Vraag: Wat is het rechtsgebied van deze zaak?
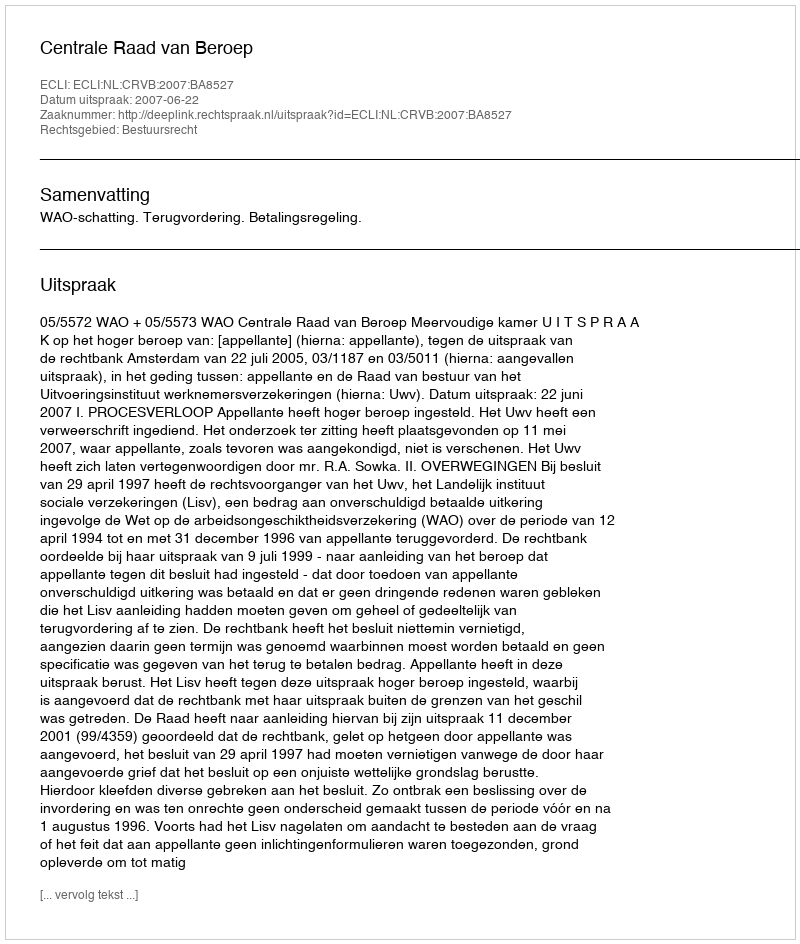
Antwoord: Bestuursrecht